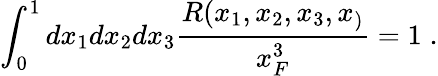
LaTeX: \int_{0}^{1}{dx_{1}dx_{2}dx_{3}\frac{R(x_{1},x_{2},x_{3},x_{)}}{x_{F}^{3}}}=1\; .